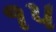
૧પ